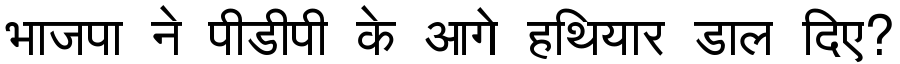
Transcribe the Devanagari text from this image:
भाजपा ने पीडीपी के आगे हथियार डाल दिए?